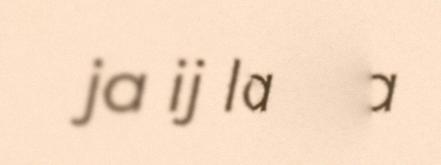
ja ij la ga